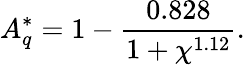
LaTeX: A_{q}^{*}=1-\frac{0.828}{1+\chi^{1.12}}.